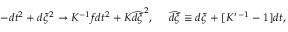
- d t ^ { 2 } + d \xi ^ { 2 } \to K ^ { - 1 } f d t ^ { 2 } + K \widehat { d \xi } ^ { 2 } , \ \ \ \ \widehat { d \xi } \equiv d \xi + [ K ^ { \prime \, - 1 } - 1 ] d t ,